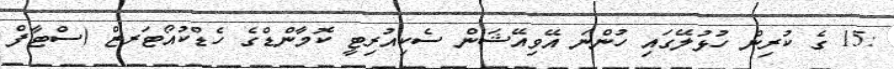
:15 ގެ ކުރިން ހުޅުލޭގައި ހުންނަ އޭވިއޭޝަން ސެކިއުރިޓީ ކޮމާންޑްގެ ހެޑްކުއޯޓަރޒް (ސްޓާފް